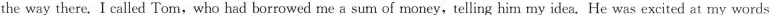
the way there. I called Tom,who had borrowed me a sum of money,telling him my idea. He was excited at my words